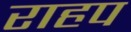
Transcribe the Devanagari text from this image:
राहप